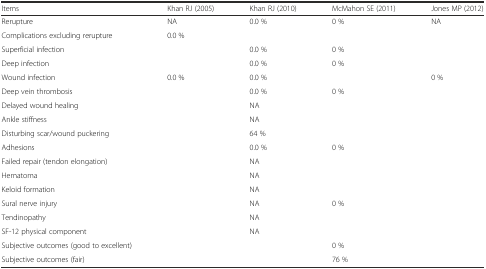
| Items | Khan RJ (2005) | Khan RJ (2010) | McMahon SE (2011) | Jones MP (2012) |
 | --- | --- | --- | --- | --- |
 | Rerupture | NA | 0.0 % | 0 % | NA |
 | Complications excluding rerupture | 0.0 % |  |  |  |
 | Superficial infection |  | 0.0 % | 0 % |  |
 | Deep infection |  | 0.0 % | 0 % |  |
 | Wound infection | 0.0 % | 0.0 % |  | 0 % |
 | Deep vein thrombosis |  | 0.0 % | 0 % |  |
 | Delayed wound healing |  | NA |  |  |
 | Ankle stiffness |  | NA |  |  |
 | Disturbing scar/wound puckering |  | 64 % |  |  |
 | Adhesions |  | 0.0 % | 0 % |  |
 | Failed repair (tendon elongation) |  | NA |  |  |
 | Hematoma |  | NA |  |  |
 | Keloid formation |  | NA |  |  |
 | Sural nerve injury |  | NA | 0 % |  |
 | Tendinopathy |  | NA |  |  |
 | SF-12 physical component |  | NA |  |  |
 | Subjective outcomes (good to excellent) |  |  | 0 % |  |
 | Subjective outcomes (fair) |  |  | 76 % |  |